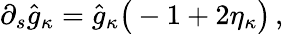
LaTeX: \partial_{s}\hat{g}_{\kappa}=\hat{g}_{\kappa}\big(-1+2\eta_{\kappa}\big)\, ,